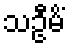
သဦမိံ